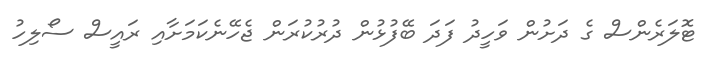
ޓޮލަރެންސް ގެ ދަށުން ވަހީދު ފަދަ ބޭފުޅުން ދުރުކުރަން ޖެހޭނެކަމަށާއި ރައީސް ސޯލިހު